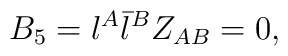
B_5 = {\l}^{A} {\bar{\l}}^{{B}} Z_{AB} = 0,